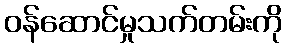
ဝန်ဆောင်မှုသက်တမ်းကို